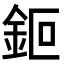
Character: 鉕